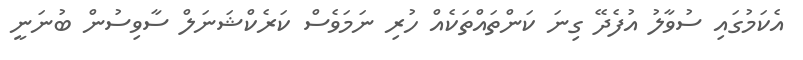
އެކަމުގައި ސުވާލު އުފެދޭ ގިނަ ކަންތައްތަކެއް ހުރި ނަމަވެސް ކަރެކްޝަނަލް ސާވިސުން ބުނަނީ